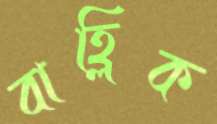
বাহ্লিক